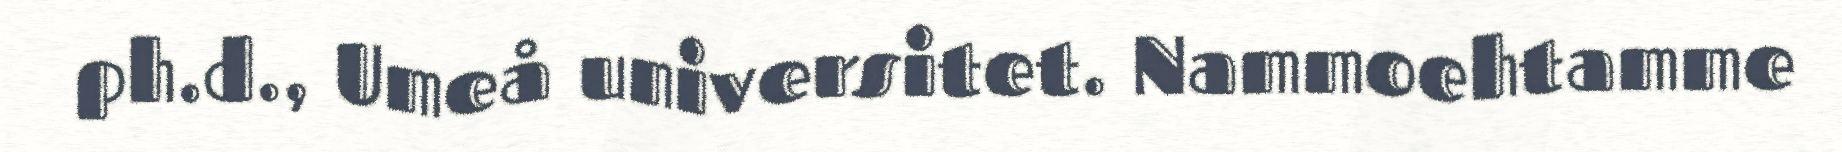
ph.d., Umeå universitet. Nammoehtamme